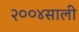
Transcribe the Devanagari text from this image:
२००४साली